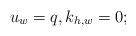
LaTeX: \begin{align*}u_w=q,k_{h,w}=0;\end{align*}